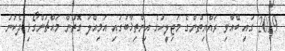
2019 ގައި ބޭއްވި ރައްޔިތުންގެ މަޖިލީހުގެ އިންތިޚާބުގައި އަމިއްލަ ގޮތުން މައްޗަންގޯޅި ދެކުނު